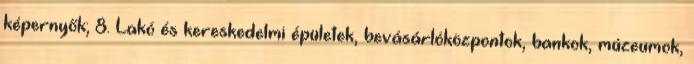
képernyők; 8. Lakó és kereskedelmi épületek, bevásárlóközpontok, bankok, múzeumok,